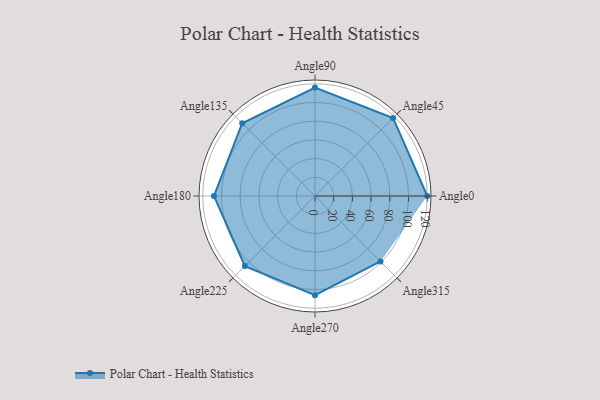
{"axis": {"x": "Angle", "y": "Radius"}, "legend": [""], "data": [{"x": "Angle0", "y": 120.0, "type": ""}, {"x": "Angle45", "y": 118.0, "type": ""}, {"x": "Angle90", "y": 116.0, "type": ""}, {"x": "Angle135", "y": 110.0, "type": ""}, {"x": "Angle180", "y": 108.0, "type": ""}, {"x": "Angle225", "y": 106.0, "type": ""}, {"x": "Angle270", "y": 106.0, "type": ""}, {"x": "Angle315", "y": 99.0, "type": ""}]}